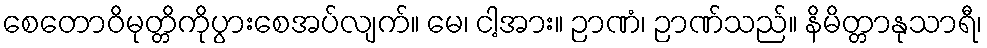
စေတောဝိမုတ္တိကိုပွားစေအပ်လျက်။ မေ၊ ငါ့အား။ ဉာဏံ၊ ဉာဏ်သည်။ နိမိတ္တာနုသာရီ၊